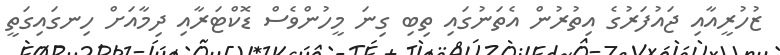
ޒުހުރީއާއި ޖައުފަރުގެ އިތުރުން އެތަނުގައި ތިބި ގިނަ މީހުންވެސް ޑޮކްޓަރާއި ދިމާއަށް ހިނގައިގަތީ